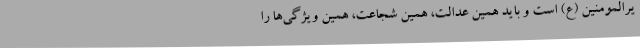
یرالمومنین (ع) است و باید همین عدالت، همین شجاعت، همین ویژگی‌ها را